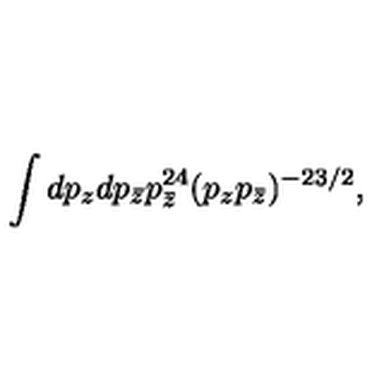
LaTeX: { \int d p _ { z } d p _ { \bar { z } } p _ { \bar { z } } ^ { 2 4 } ( p _ { z } p _ { \bar { z } } ) ^ { - 2 3 / 2 } , }